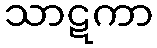
သာဋကာ